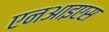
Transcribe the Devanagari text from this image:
एनआइएस